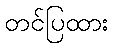
တင်ပြထား